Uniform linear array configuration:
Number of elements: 64
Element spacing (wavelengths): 0.25
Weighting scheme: exponential
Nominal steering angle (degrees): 0
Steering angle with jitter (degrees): -0.4195
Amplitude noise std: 0.05
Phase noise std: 0.05

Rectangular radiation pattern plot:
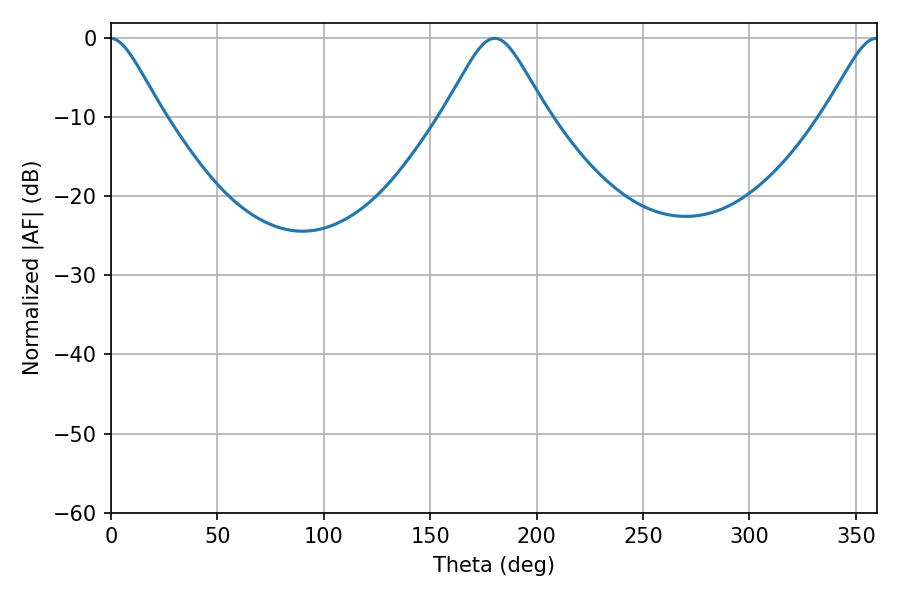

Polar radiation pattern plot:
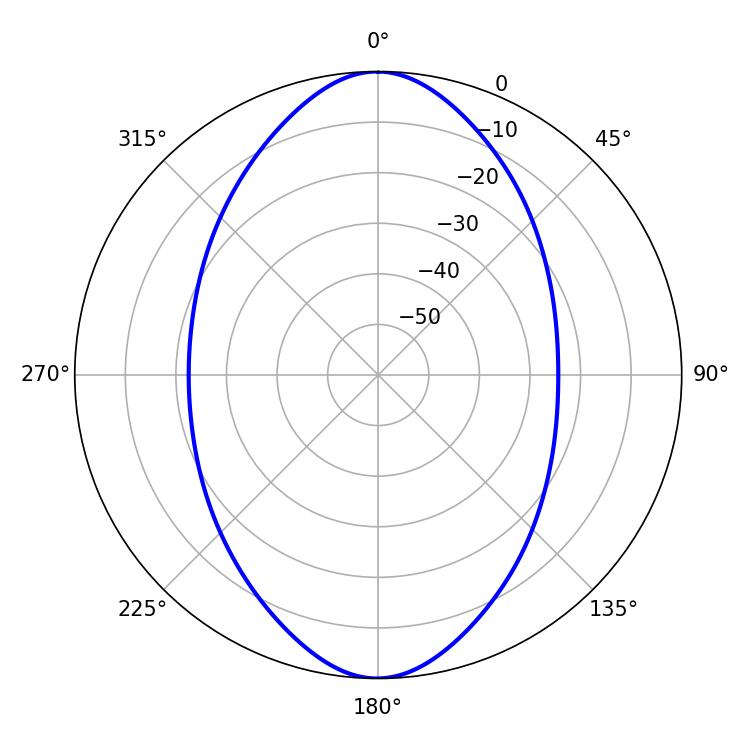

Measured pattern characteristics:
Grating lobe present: FALSE
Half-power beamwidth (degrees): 23.4
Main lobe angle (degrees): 180.36